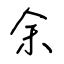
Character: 余